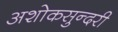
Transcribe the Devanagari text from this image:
अशोकसुन्दरी